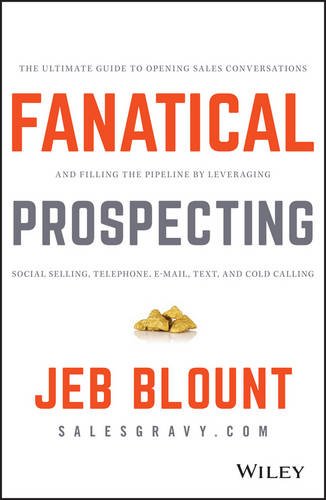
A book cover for Fanatical Prospecting: The Ultimate Guide to Opening Sales Conversations and Filling the Pipeline by Leveraging Social Selling, Telephone, Email, Text, and Cold Calling; Jeb Blount; Computers & Technology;